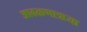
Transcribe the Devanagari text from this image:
आढळणाऋया